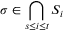
\sigma \in \bigcap _ { s \leq i \leq t } S _ { i }